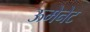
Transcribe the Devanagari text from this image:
ऊमेनेट